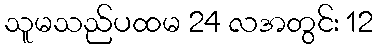
သူမသည်ပထမ 24 လအတွင်း 12